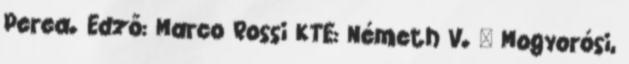
Perea. Edző: Marco Rossi KTE: Németh V. – Mogyorósi,